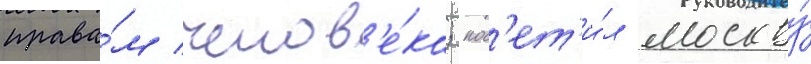
права́м челов'е́ка; пос'ет'и́л москву́